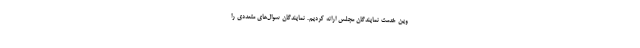
وین خدمت نمایندگان مجلس ارائه کردیم. نمایندگان سوال‌های متعددی را